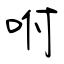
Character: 咐